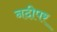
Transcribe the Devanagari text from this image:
नदीपर